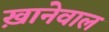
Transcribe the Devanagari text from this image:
ख़ानेवाल